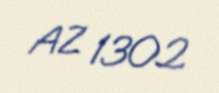
AZ 1302